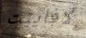
لافاييت